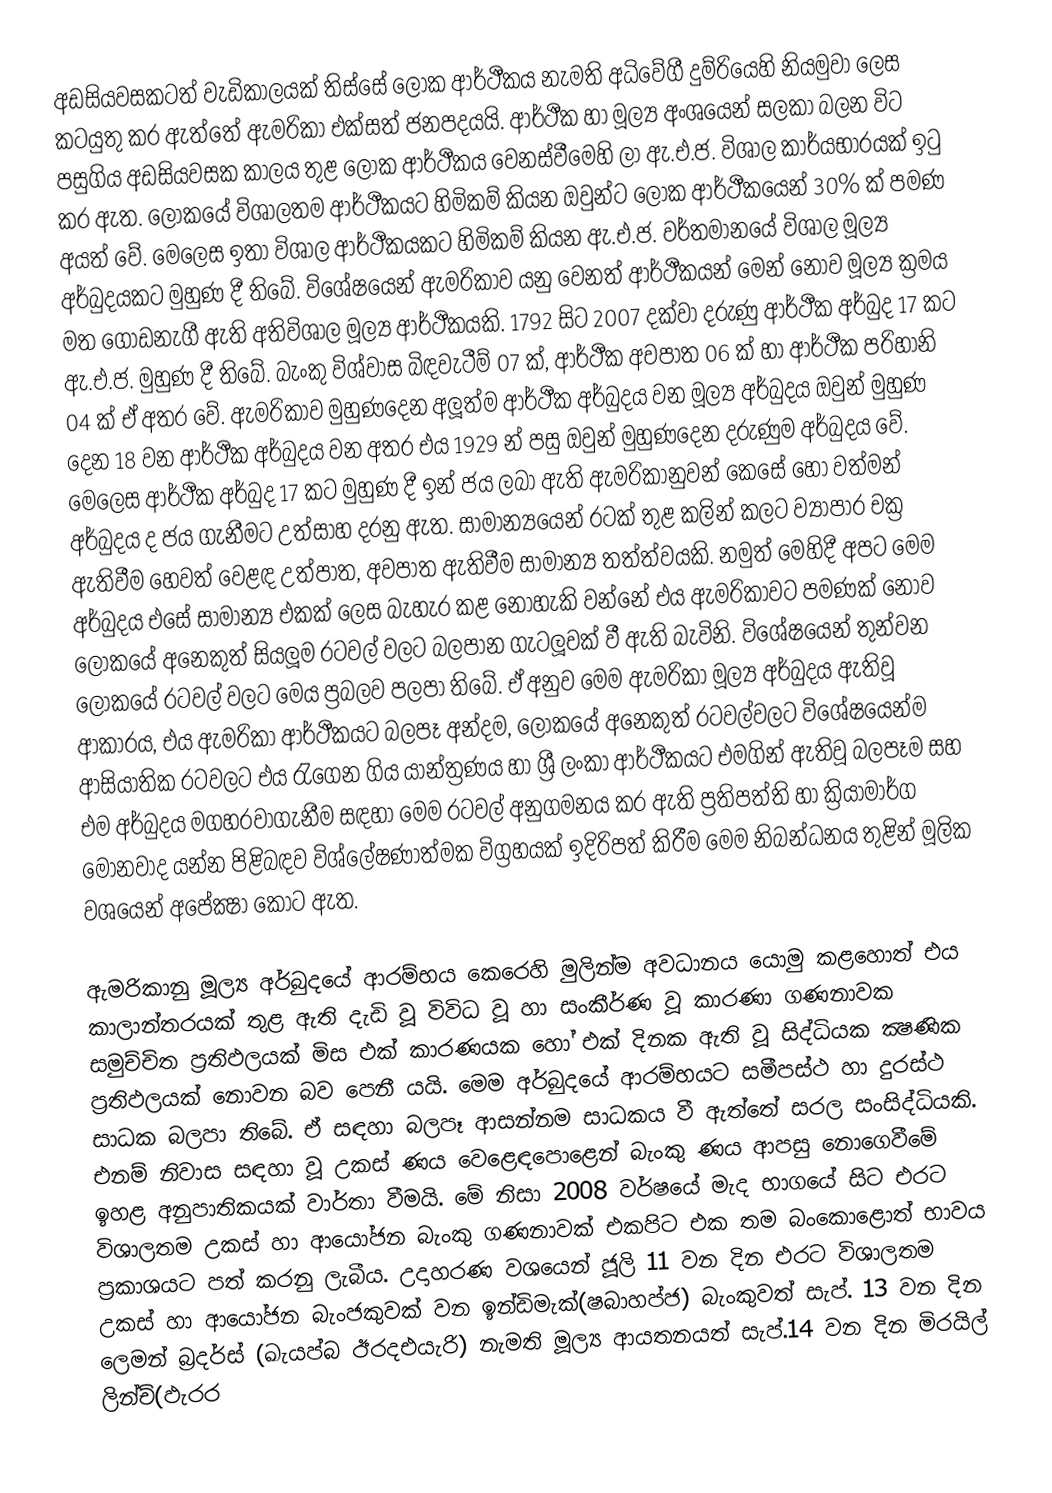
අඩසියවසකටත් වැඩිකාලයක් තිස්සේ ලෝක ආර්ථීකය නැමති අධිවේගී දුම්රියෙහි නියමුවා ලෙස කටයුතු කර ඇත්තේ ඇමරිකා එක්සත් ජනපදයයි. ආර්ථීක හා මූල්‍ය අංශයෙන් සලකා බලන විට පසුගිය අඩසියවසක කාලය තුළ ලෝක ආර්ථීකය වෙනස්වීමෙහි ලා ඇ.එ.ජ. විශාල කාර්යභාරයක් ඉටු කර ඇත. ලෝකයේ විශාලතම ආර්ථීකයට හිමිකම් කියන ඔවුන්ට ලෝක ආර්ථීකයෙන් 30% ක් පමණ අයත් වේ. මෙලෙස ඉතා විශාල ආර්ථීකයකට හිමිකම් කියන ඇ.එ.ජ. වර්තමානයේ විශාල මූල්‍ය අර්බුදයකට මුහුණ දී තිබේ. විශේෂයෙන් ඇමරිකාව යනු වෙනත් ආර්ථීකයන් මෙන් නොව මූල්‍ය ක්‍රමය මත ගොඩනැගී ඇති අතිවිශාල මූල්‍ය ආර්ථීකයකි. 1792 සිට 2007 දක්වා දරුණු ආර්ථීක අර්බුද 17 කට ඇ.එ.ජ. මුහුණ දී තිබේ. බැංකු විශ්වාස බිඳවැටීම් 07 ක්, ආර්ථීක අවපාත 06 ක් හා ආර්ථීක පරිහානි 04 ක් ඒ අතර වේ. ඇමරිකාව මුහුණදෙන අලූත්ම ආර්ථීක අර්බුදය වන මූල්‍ය අර්බුදය ඔවුන් මුහුණ දෙන 18 වන ආර්ථීක අර්බුදය වන අතර එය 1929 න් පසු ඔවුන් මුහුණදෙන දරුණුම අර්බුදය වේ. මෙලෙස ආර්ථීක අර්බුද 17 කට මුහුණ දී ඉන් ජය ලබා ඇති ඇමරිකානුවන් කෙසේ හෝ වත්මන් අර්බුදය ද ජය ගැනීමට උත්සාහ දරනු ඇත. සාමාන්‍යයෙන් රටක් තුළ කලින් කලට ව්‍යාපාර චක්‍ර ඇතිවීම හෙවත් වෙළඳ උත්පාත, අවපාත ඇතිවීම සාමාන්‍ය තත්ත්වයකි. නමුත් මෙහිදී අපට මෙම අර්බුදය එසේ සාමාන්‍ය එකක් ලෙස බැහැර කළ නොහැකි වන්නේ එය ඇමරිකාවට පමණක් නොව ලෝකයේ අනෙකුත් සියලූම රටවල් වලට බලපාන ගැටලූවක් වී ඇති බැවිනි. විශේෂයෙන් තුන්වන ලෝකයේ රටවල් වලට මෙය ප්‍රබලව පලපා තිබේ. ඒ අනුව මෙම ඇමරිකා මූල්‍ය අර්බුදය ඇතිවූ ආකාරය, එය ඇමරිකා ආර්ථීකයට බලපෑ අන්දම, ලෝකයේ අනෙකුත් රටවල්වලට විශේෂයෙන්ම ආසියාතික රටවලට එය රැගෙන ගිය යාන්ත්‍රණය හා ශ්‍රී ලංකා ආර්ථීකයට එමගින් ඇතිවූ බලපෑම සහ එම අර්බුදය මගහරවාගැනීම සඳහා මෙම රටවල් අනුගමනය කර ඇති ප්‍රතිපත්ති හා ක්‍රියාමාර්ග මොනවාද යන්න පිළිබඳව විශ්ලේෂණාත්මක විග්‍රහයක් ඉදිරිපත් කිරීම මෙම නිබන්ධනය තුළින් මූලික වශයෙන් අපේක්‍ෂා කොට ඇත.

ඇමරිකානු මූල්‍ය අර්බුදයේ ආරම්භය කෙරෙහි මුලින්ම අවධානය යොමු කළහොත් එය කාලාන්තරයක් තුළ ඇති දැඩි වූ විවිධ වූ හා සංකීර්ණ වූ කාරණා ගණනාවක සමුච්චිත ප්‍රතිඵලයක් මිස එක් කාරණයක හෝ එක් දිනක ඇති වූ සිද්ධියක ක්‍ෂණික ප්‍රතිඵලයක් නොවන බව පෙනී යයි. මෙම අර්බුදයේ ආරම්භයට සමීපස්ථ හා දුරස්ථ සාධක බලපා තිබේ. ඒ සඳහා බලපෑ ආසන්නම සාධකය වී ඇත්තේ සරල සංසිද්ධියකි. එනම් නිවාස සඳහා වූ උකස් ණය වෙළෙඳපොළෙන් බැංකු ණය ආපසු නොගෙවීමේ ඉහළ අනුපාතිකයක් වාර්තා වීමයි. මේ නිසා 2008 වර්ෂයේ මැද භාගයේ සිට එරට විශාලතම උකස් හා ආයෝජන බැංකු ගණනාවක් එකපිට එක තම බංකොළොත් භාවය ප්‍රකාශයට පත් කරනු ලැබීය. උදාහරණ වශයෙන් ජූලි 11 වන දින එරට විශාලතම උකස් හා ආයෝජන බැංජකුවක් වන ඉන්ඩිමැක්(ෂබාහප්ජ) බැංකුවත් සැප්. 13 වන දින ලෙමන් බ්‍රදර්ස් (ඛැයප්බ ඊරදඑයැරි) නැමති මූල්‍ය ආයතනයත් සැප්.14 වන දින මිරයිල් ලින්ච්(ඵැරර